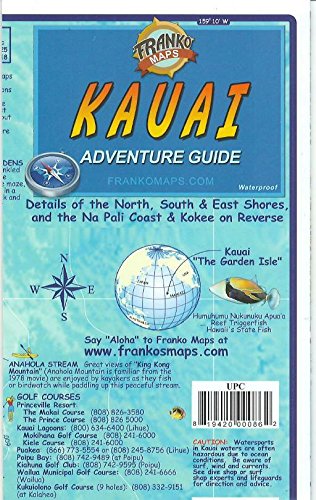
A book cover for Kauai Hawaii Adventure Guide Franko Maps Waterproof Map; Franko Maps Ltd.; Travel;